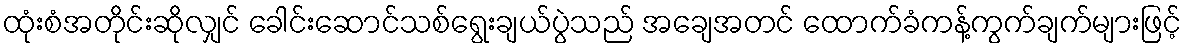
ထုံးစံအတိုင်းဆိုလျှင် ခေါင်းဆောင်သစ်ရွေးချယ်ပွဲသည် အချေအတင် ထောက်ခံကန့်ကွက်ချက်များဖြင့်